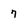
Character: 7